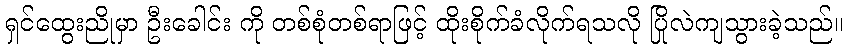
ရှင်ထွေးညိုမှာ ဦးခေါင်း ကို တစ်စုံတစ်ရာဖြင့် ထိုးစိုက်ခံလိုက်ရသလို ပြိုလဲကျသွားခဲ့သည်။